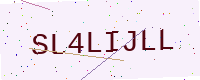
Text: SL4LIJLL